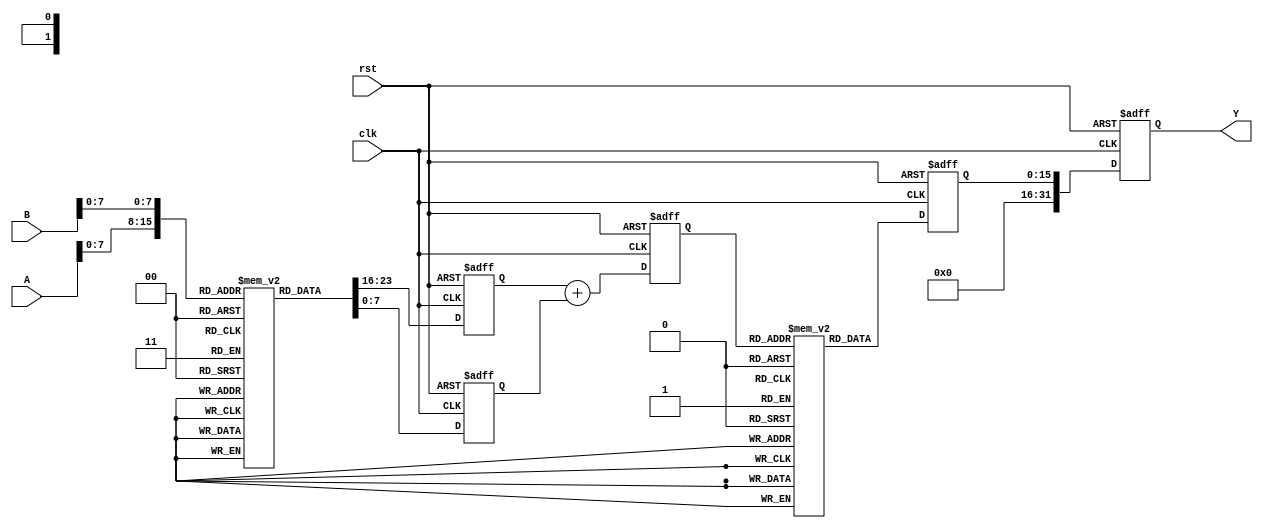
module LogarithmicMultiplier (
    input wire [15:0] A, // Input operand A (fixed-point representation)
    input wire [15:0] B, // Input operand B (fixed-point representation)
    output reg [31:0] Y, // Output result (fixed-point representation)
    input wire clk,      // Clock signal
    input wire rst       // Reset signal
);

// LUTs for logarithm and exponential (example values)
reg [15:0] log_lut [0:255]; // Logarithm LUT
reg [15:0] exp_lut [0:255]; // Exponential LUT

// Initialization of LUTs (example values for a specific range)
initial begin
    // Populate log_lut (logarithm base 2 for example) and exp_lut
    // Here, you should populate the LUTs with actual log and exp values
    // For simplicity, only a few values are initialized
    log_lut[0] = 16'h0000; // log(1)
    log_lut[1] = 16'h0000; // log(1)
    log_lut[2] = 16'h0001; // log(2)
    log_lut[3] = 16'h0002; // log(3)
    // Add more values as needed

    exp_lut[0] = 16'h0001; // exp(0)
    exp_lut[1] = 16'h0002; // exp(1)
    exp_lut[2] = 16'h0004; // exp(2)
    exp_lut[3] = 16'h0008; // exp(3)
    // Add more values as needed
end

// Internal signals
reg [15:0] logA;
reg [15:0] logB;
reg [15:0] logSum;
reg [15:0] expResult;

// Logarithm Calculation
always @(posedge clk or posedge rst) begin
    if (rst) begin
        logA <= 16'h0000;
        logB <= 16'h0000;
        logSum <= 16'h0000;
        expResult <= 16'h0000;
        Y <= 32'h00000000;
    end else begin
        // Assume A and B are in the range [1, 256]
        logA <= log_lut[A[7:0]]; // Get log(A)
        logB <= log_lut[B[7:0]]; // Get log(B)

        // Add logarithmic values
        logSum <= logA + logB;

        // Exponential Calculation
        expResult <= exp_lut[logSum[7:0]]; // Get exp(logSum)
        
        // Output the result
        Y <= expResult;
    end
end

endmodule